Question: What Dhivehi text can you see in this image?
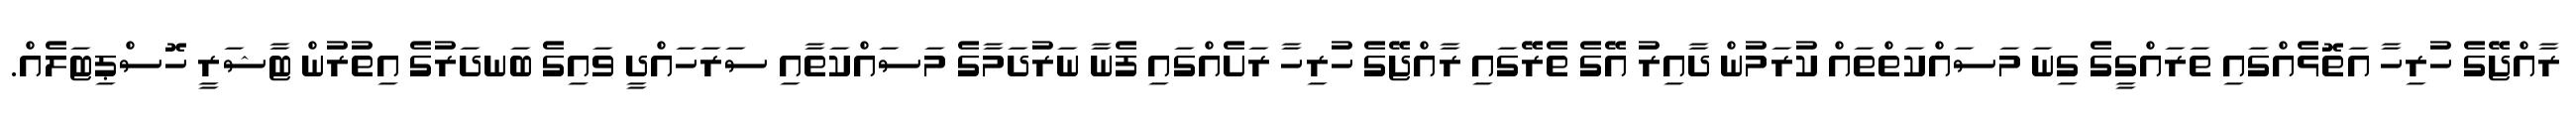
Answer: ރާއްޖޭގެ ހުރިހާ އަތޮޅެއްގައި ތަރައްގީގެ ގިނަ މަސައްކަތްތައް ކުރަމުން ދާއިރު އޭގެ ތެރޭގައި ރާއްޖޭގެ ހުރިހާ ރަށެއްގައި ފެނާ ނަރުދަމާގެ މަސައްކަތާއި ސަރަހައްދީ ވައިގެ ބަނދަރުގެ އިތުރުން ޓާޝަރީ ހޮސްޕިޓަލެއް.